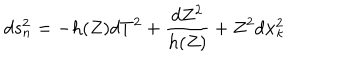
d s _ { n } ^ { 2 } = - h ( Z ) d T ^ { 2 } + \frac { d Z ^ { 2 } } { h ( Z ) } + Z ^ { 2 } d { \bf x } _ { \kappa } ^ { 2 }